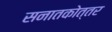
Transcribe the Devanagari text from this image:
सनातकोत्तर